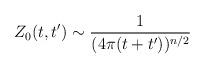
LaTeX: \begin{align*}Z_0(t,t') \sim \frac{1}{(4 \pi (t+t'))^{n/2}}\end{align*}